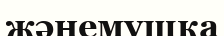
жәнемушка